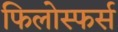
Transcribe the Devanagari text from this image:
फिलोस्फर्स